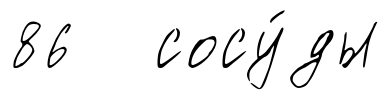
86 сосу́ды